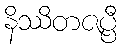
နိဿိတဇပ္ပီ